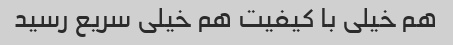
هم خیلی با کیفیت هم خیلی سریع رسید